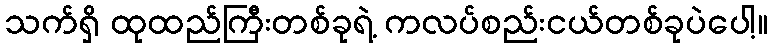
သက်ရှိ ထုထည်ကြီးတစ်ခုရဲ့ ကလပ်စည်းငယ်တစ်ခုပဲပေါ့။